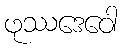
ဖုဿဒေဝေါ